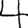
Digit: 4